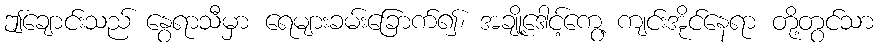
ဤချောင်းသည် နွေရာသီမှာ ရေများခမ်းခြောက်၍၊ အချို့ဒေါင့်ကွေ့ ကျင်းအိုင်နေရာ တို့တွင်သာ